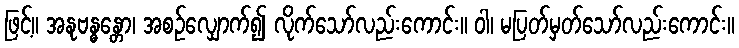
ဖြင့်။ အနုဗန္ဓန္တော၊ အစဉ်လျှောက်၍ လိုက်သော်လည်းကောင်း။ ဝါ၊ မပြတ်မှတ်သော်လည်းကောင်း။